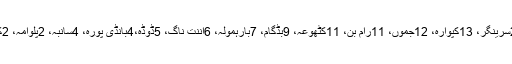
مثبت قرار دئے گئے 182مریضوں میں سے 42 شوپیان، 26ادھمپور، 22سرینگر، 13کپوارہ، 12جموں، 11رام بن، 11کٹھوعہ، 9بڈگام، 7بارہمولہ، 6اننت ناگ، 5ڈوڈہ،4بانڈی پورہ، 4سانبہ، 2پلوامہ، 2کولگام، 2پونچھ، 2راجوری، 1گاندربل اورایک ریاسی سے تعلق رکھتا ہے۔